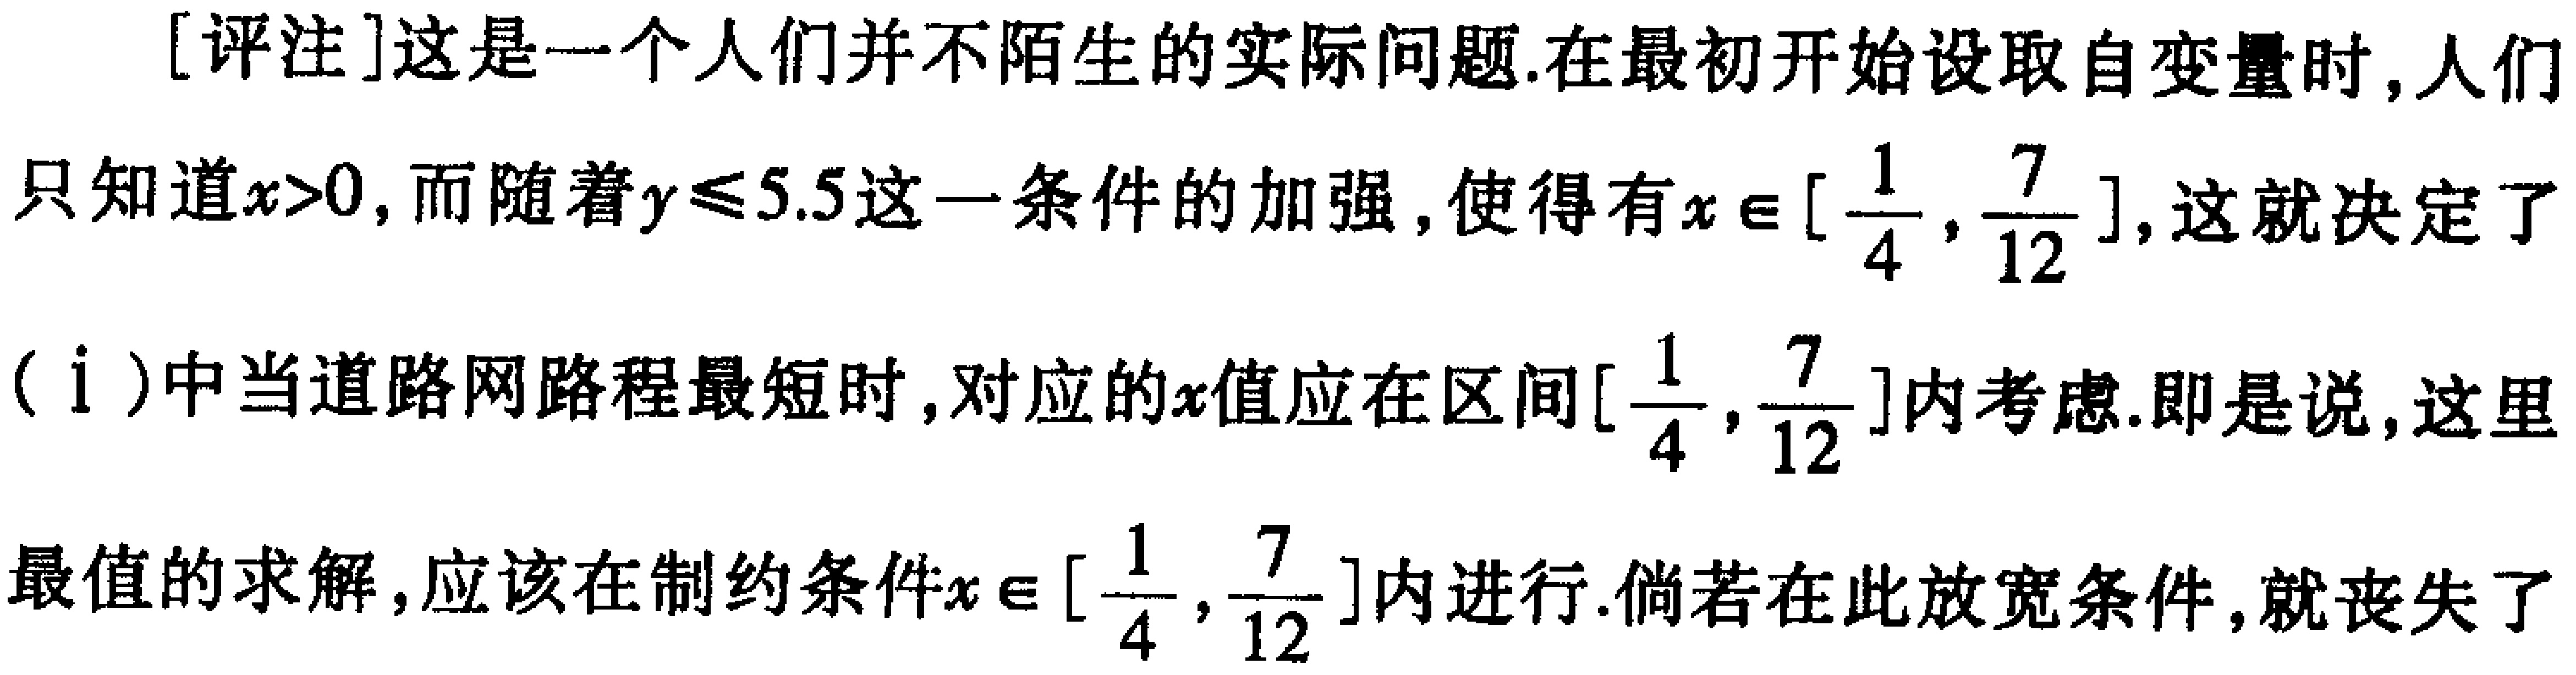
[评注]这是一个人们并不陌生的实际问题.在最初开始设取自变量时,人们只知道\(x > 0\),而随着\(y\leqslant5.5\)这一条件的加强,使得有\(x\in[\frac{1}{4},\frac{7}{12}]\),这就决定了（ⅰ）中当道路网路程最短时,对应的\(x\)值应在区间\([\frac{1}{4},\frac{7}{12}]\)内考虑.即是说,这里最值的求解,应该在制约条件\(x\in[\frac{1}{4},\frac{7}{12}]\)内进行.倘若在此放宽条件,就丧失了